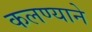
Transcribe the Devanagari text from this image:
कलण्याने